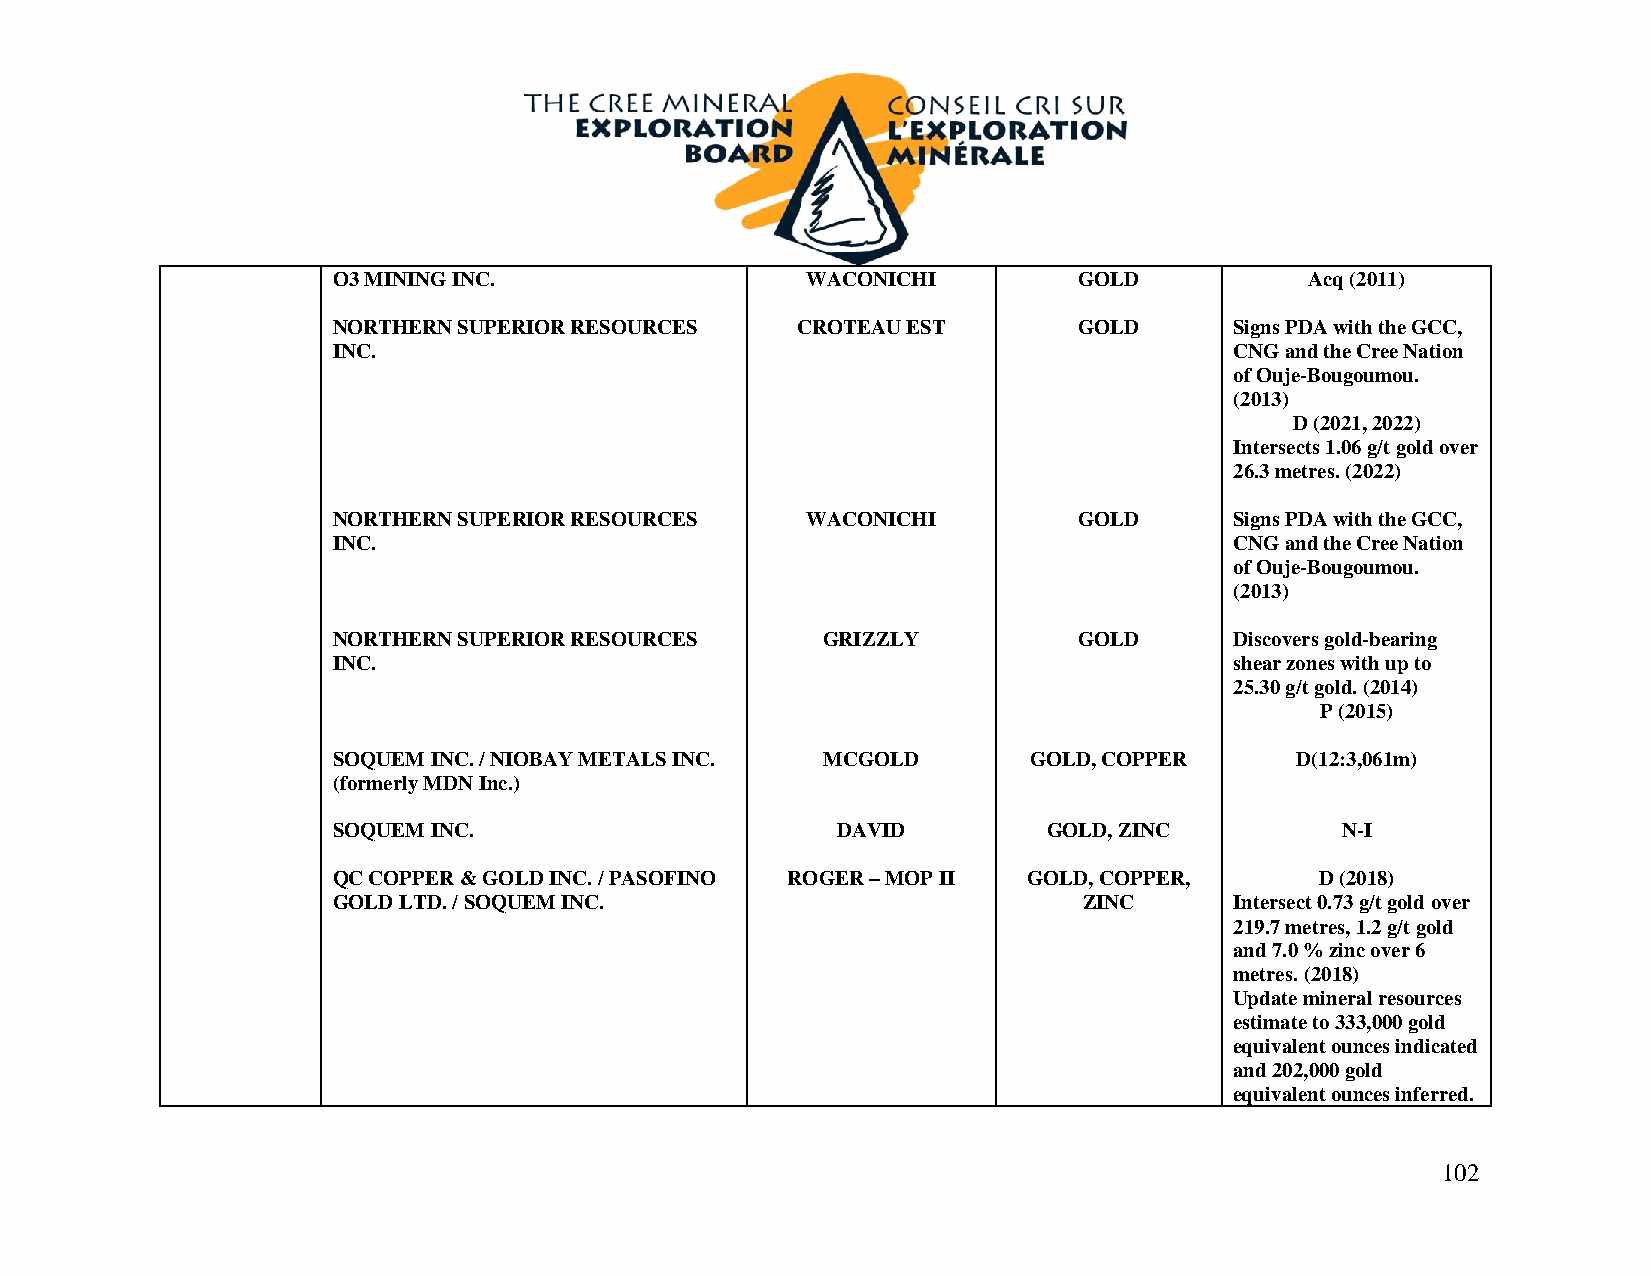
O3 MINING INC.                 WACONICHI         GOLD            Acq (2011)
 NORTHERN SUPERIOR RESOURCES    CROTEAU EST       GOLD       Signs PDA with the GCC,
 INC.                                                        CNG and the Cree Nation
 of Ouje-Bougoumou.
 (2013)
 D (2021, 2022)
 Intersects 1.06 g/t gold over
 26.3 metres. (2022)
 NORTHERN SUPERIOR RESOURCES    WACONICHI         GOLD       Signs PDA with the GCC,
 INC.                                                        CNG and the Cree Nation
 of Ouje-Bougoumou.
 (2013)
 NORTHERN SUPERIOR RESOURCES     GRIZZLY          GOLD       Discovers gold-bearing
 INC.                                                        shear zones with up to
 25.30 g/t gold. (2014)
 P (2015)
 SOQUEM INC. / NIOBAY METALS INC. MCGOLD       GOLD, COPPER      D(12:3,061m)
 (formerly MDN Inc.)
 SOQUEM INC.                      DAVID         GOLD, ZINC          N-I
 QC COPPER & GOLD INC. / PASOFINO ROGER – MOP II GOLD, COPPER,    D (2018)
 GOLD LTD. / SOQUEM INC.                           ZINC      Intersect 0.73 g/t gold over
 219.7 metres, 1.2 g/t gold
 and 7.0 % zinc over 6
 metres. (2018)
 Update mineral resources
 estimate to 333,000 gold
 equivalent ounces indicated
 and 202,000 gold
 equivalent ounces inferred.
 102